Plague in India, 1896, 1897 - Volume 1
Year: 1896
Disease focus: Plague
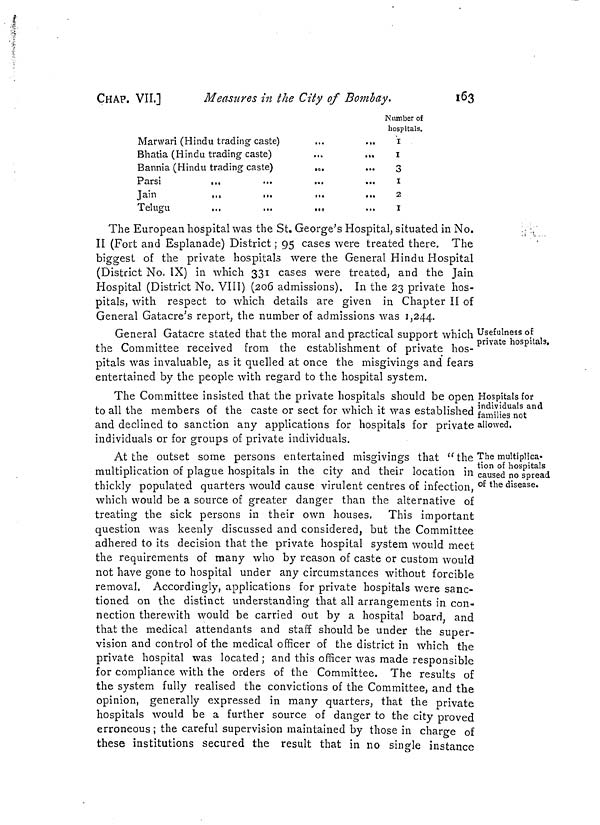
CHAP. VIL]
Measures in the City of Bombay.
163
Marwari (Hindu trading caste)
Bhatia (Hindu trading caste)
Bannia (Hindu trading caste)
...
Parsi
...
Jain
Telugu
...
...
...
Number of
hospitals.
1
...
1
3
... 1
2
1
The European hospital was the St. George's Hospital, situated in No.
II (Fort and Esplanade) District ; 95 cases were treated there. The
biggest of the private hospitals were the General Hindu Hospital
(District No. IX) in which 331 cases were treated, and the Jain
Hospital (District No. VIII) (206 admissions). In the 23 private hos-
pitals, with respect to which details are given in Chapter II of
General Gatacre's report, the number of admissions was 1,244.
Usefulness of
private hospitals.
General Gatacre stated that the moral and practical support which
the Committee received from the establishment of private hos-
pitals was invaluable, as it quelled at once the misgivings and fears
entertained by the people with regard to the hospital system.
Hospitals for
individuals and
families not
allowed.
The Committee insisted that the private hospitals should be open
to all the members of the caste or sect for which it was established
and declined to sanction any applications for hospitals for private
individuals or for groups of private individuals.
The multiplica-
tion of hospitals
caused no spread
of the disease.
At the outset some persons entertained misgivings that "the
multiplication of plague hospitals in the city and their location in
thickly populated quarters would cause virulent centres of infection,
which would be a source of greater danger than the alternative of
treating the sick persons in their own houses. This important
question was keenly discussed and considered, but the Committee
adhered to its decision that the private hospital system would meet
the requirements of many who by reason of caste or custom would
not have gone to hospital under any circumstances without forcible
removal. Accordingly, applications for private hospitals were sanc-
tioned on the distinct understanding that all arrangements in con-
nection therewith would be carried out by a hospital board, and
that the medical attendants and staff should be under the super-
vision and control of the medical officer of the district in which the
private hospital was located ; and this officer was made responsible
for compliance with the orders of the Committee. The results of
the system fully realised the convictions of the Committee, and the
opinion, generally expressed in many quarters, that the private
hospitals would be a further source of danger to the city proved
erroneous ; the careful supervision maintained by those in charge of
these institutions secured the result that in no single instance